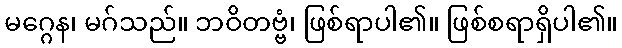
မဂ္ဂေန၊ မဂ်သည်။ ဘဝိတဗ္ဗံ၊ ဖြစ်ရာပါ၏။ ဖြစ်စရာရှိပါ၏။